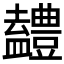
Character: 𭾖